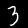
Digit: 3